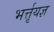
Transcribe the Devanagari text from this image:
भर्त्तृयज्ञ